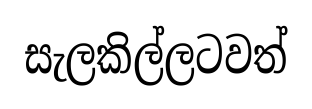
සැලකිල්ලටවත්